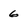
Character: 6